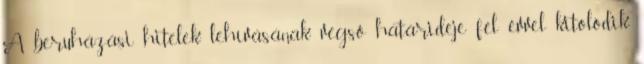
A beruházási hitelek lehívásának végső határideje fél évvel kitolódik